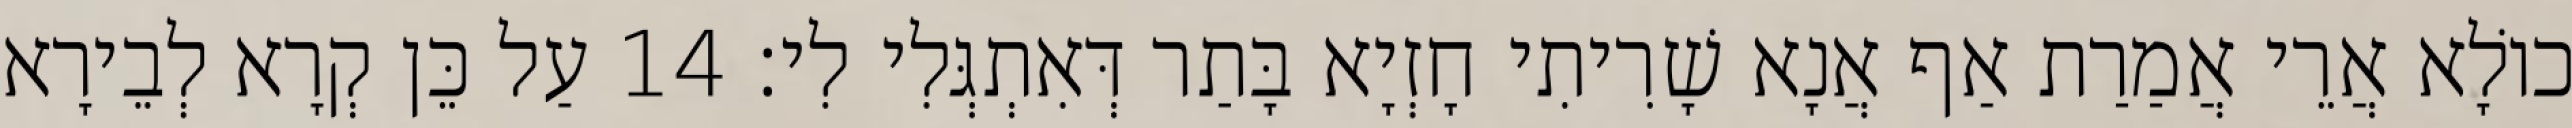
כוֹלָא אֲרֵי אֲמַרַת אַף אֲנָא שָׁרִיתִי חָזְיָא בָּתַר דְּאִתְגְּלִי לִי׃ 14 עַל כֵּן קְרָא לְבֵירָא